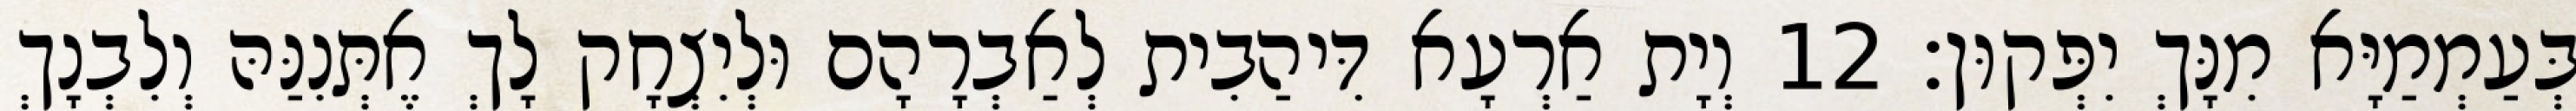
בְּעַמְמַיָּא מִנָּךְ יִפְּקוּן׃ 12 וְיָת אַרְעָא דִּיהַבִית לְאַבְרָהָם וּלְיִצְחָק לָךְ אֶתְּנִנַּהּ וְלִבְנָךְ